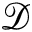
\mathcal { D }